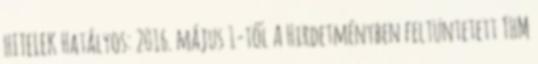
HITELEK Hatályos: 2016. május 1-től A Hirdetményben feltüntetett THM